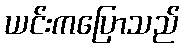
ယင်းကပြောသည်